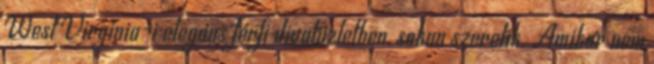
West Virginia-i elegáns férfi divatüzletben, sokan szeretik. Amikor nem